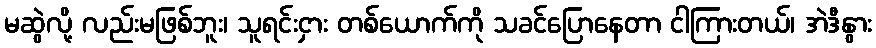
မဆွဲလို့ လည်းမဖြစ်ဘူး၊ သူရင်းငှား တစ်ယောက်ကို သခင်ပြောနေတာ ငါကြားတယ်၊ အဲဒီနွား